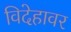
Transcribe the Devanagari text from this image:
विदेहावर